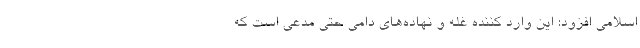
اسلامی افزود: این وارد کننده غله و نهاده‌های دامی حتی مدعی است که